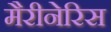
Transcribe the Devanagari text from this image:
मैरीनेरिस